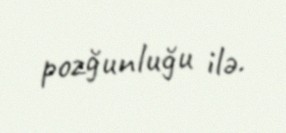
pozğunluğu ilə.